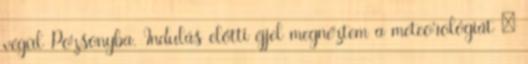
végül Pozsonyba. Indulás előtti éjjel megnéztem a meteorológiát –